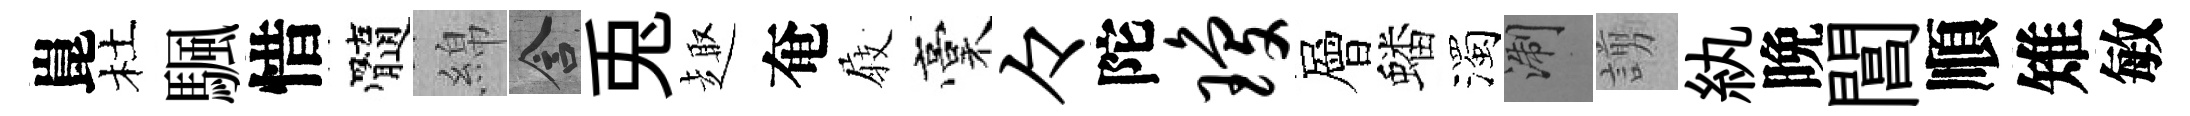
崑杜颿惜髓綿含兎趣奄𡲆稾々陀琼層蟠濁浙謭紈晩閶順雉敏